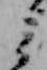
ミ